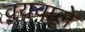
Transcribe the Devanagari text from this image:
वयवाले